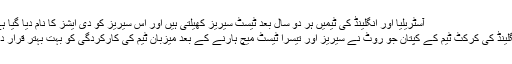
آسٹریلیا اور انگلینڈ کی ٹیمیں ہر دو سال بعد ٹیسٹ سیریز کھیلتی ہیں اور اس سیریز کو دی ایشز کا نام دیا گیا ہے
انگلینڈ کی کرکٹ ٹیم کے کپتان جو رُوٹ نے سیریز اور تیسرا ٹیسٹ میچ ہارنے کے بعد میزبان ٹیم کی کارکردگی کو بہت بہتر قرار دیا۔